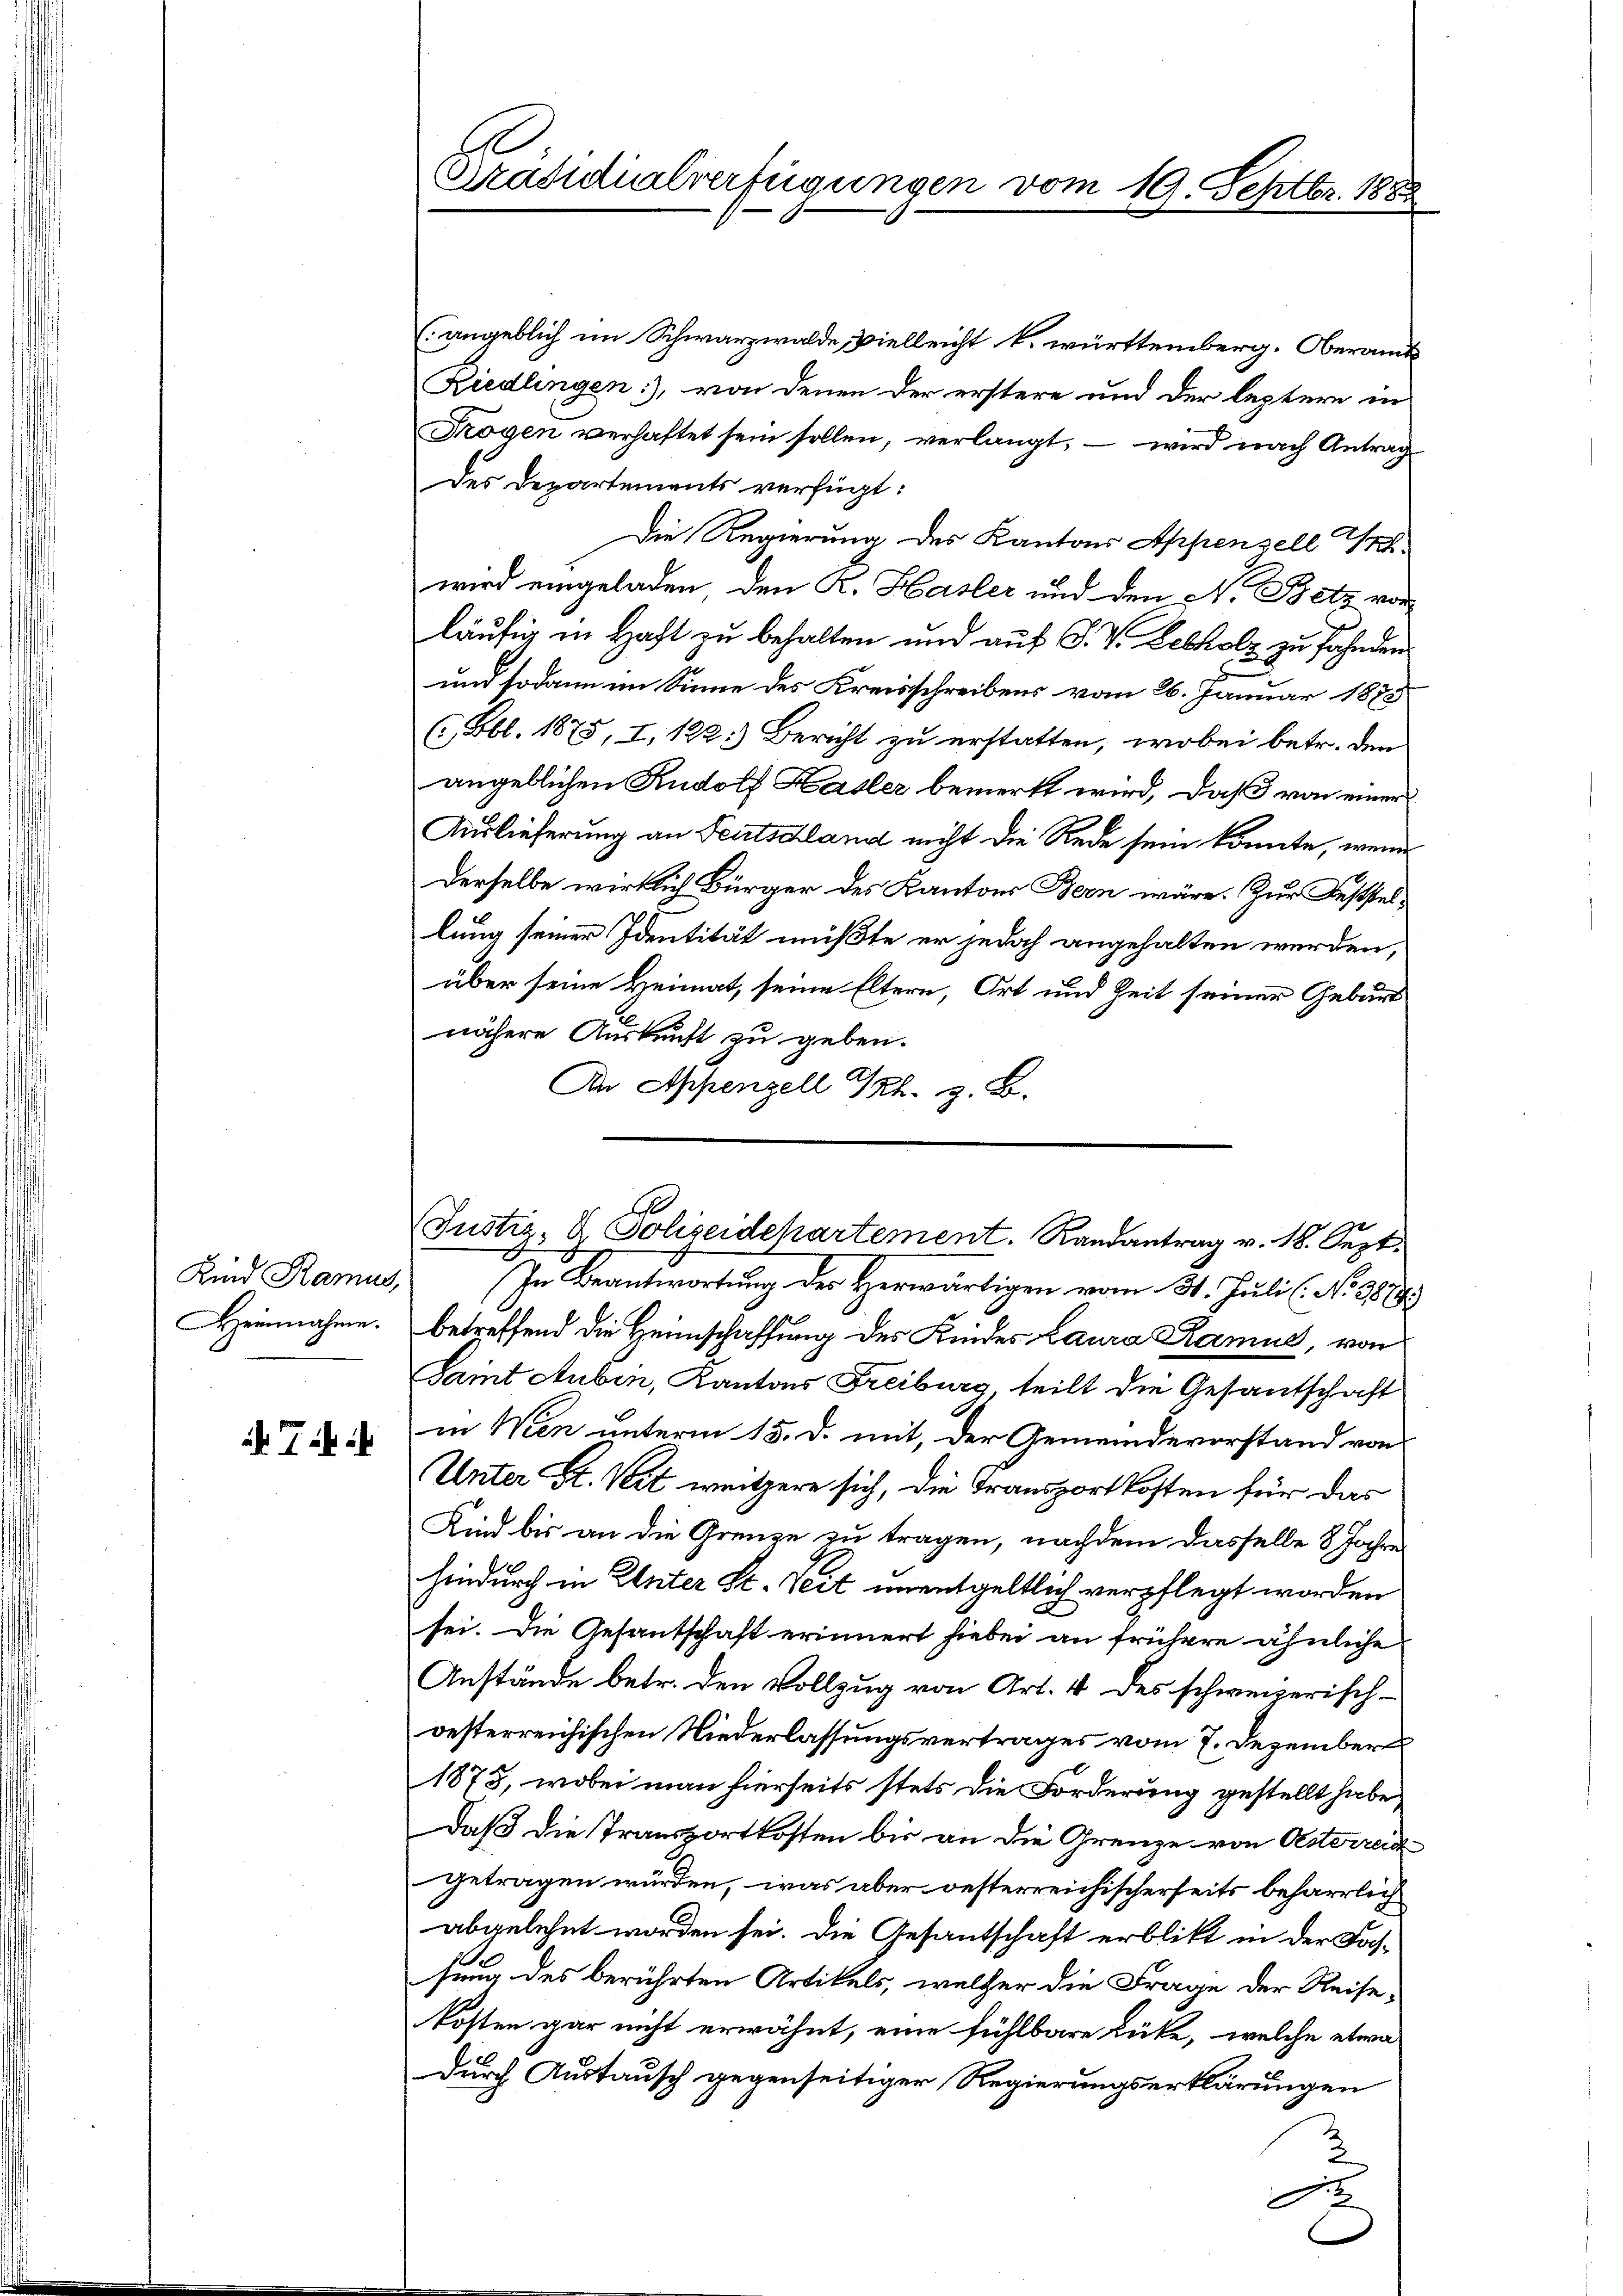
Kind Ramus,
Heinnahmen.

Ti

Präsidialverfügungen vom 19. Septbr. 188

(angeblich im Schwarzwalde, vielleicht k. württemberg. Oberamts¬
Riedlingen), von denen der erstere und der leztere in
Trogen verhaftet sein sollen, verlangt, – wird nach Antrag
des Departements verfügt:
Die Regierung des Kantons Appenzell Sr.
wird eingeladen, den K. Hasler und den N. Betz vor
läufig in Haft zu behalten und auf S. V. Lebholz zu fahnden
und sodann im Sinne des Kreisschreibens vom 26. Januar 1883
( Bbl. 1875, I, 122.) Bericht zu erstatten, wobei betr. den
angeblichen Rudolf Hasler bemerkt wird, daß von einer
Auslieferung an Teutschland nicht die Rede sein könnte, wenn
Derselbe wirklich Bürger des Kantons Bern wäre. Zur Feststellung seiner Identität mußte er jedoch angehalten werden,
über seine Heimat, seine Eltern, Ort und Zeit seiner Geburt
nähere Auskunft zu geben.
An Appenzell Th. z. B.
In Beantwortung des Herwärtigen vom 31. Juli (No 387.
betreffend die Heimschaffung des Kindes Laura Ramus, von
Samt Auben, Kantons Freiburg teilt die Gesantschaft
in Wien unterm 15. d. mit, der Gemeindevorstand von
Unter St. Veit weitzere sich, die Transportkosten für das
Kind bis an die Grenze zu tragen, nachdem dasselbe 8 Jahre
hindurch in Unter St. Veit unentgeltlich verpflegt worden
sei. Die Gesantschaft erinnert hiebei an frühere ähnliche
Anstände betr. den Vollzug von Art. 4 des schweizerisch-
oesterreichischen Niederlassungsvertrages vom 7. Dezember
1873, wobei man hierseits stets die Forderung gestellt habe,
Daß die Transportkosten bis an die Grenze von Osterreic
getragen würden, was aber oesterreichischerseits beharrlich
abgelehnt worden sei. Die Gesantschaft erblikt in der Fachsung des berührten Artikels, welcher die Frage der Reise-
kosten gar nicht erwähnt, eine fühlbare Lücke, welche etwa
durch Austausch gegenseitiger Regierungserklärungen
2
B

E
Justiz- & Polizeidchartement. Randantrag v. 18. Sept.